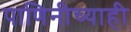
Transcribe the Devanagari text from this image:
पाणिनीच्याही